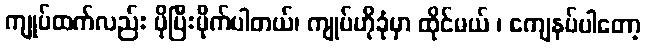
ကျုပ်ထက်လည်း ပိုပြီးမိုက်ပါတယ်၊ ကျုပ်ဟိုခုံမှာ ထိုင်မယ် ၊ ကျေနပ်ပါတော့